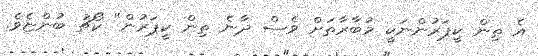
އެ ތިން ކީޕަރުންނަކީ މުބާރާތަށް ވެސް ދާނެ ތިން ކީޕަރުން" ކޯޗު ބުންޏެވެ.